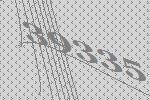
39335